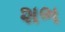
શભ